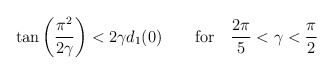
\begin{align*}\tan\left(\frac{\pi^2}{2\gamma}\right)<2\gamma d_1(0)\qquad\mbox{for}\quad\frac{2\pi}{5}<\gamma<\frac{\pi}{2}\end{align*}